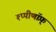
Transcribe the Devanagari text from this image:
श्प्पीणॉफ़्